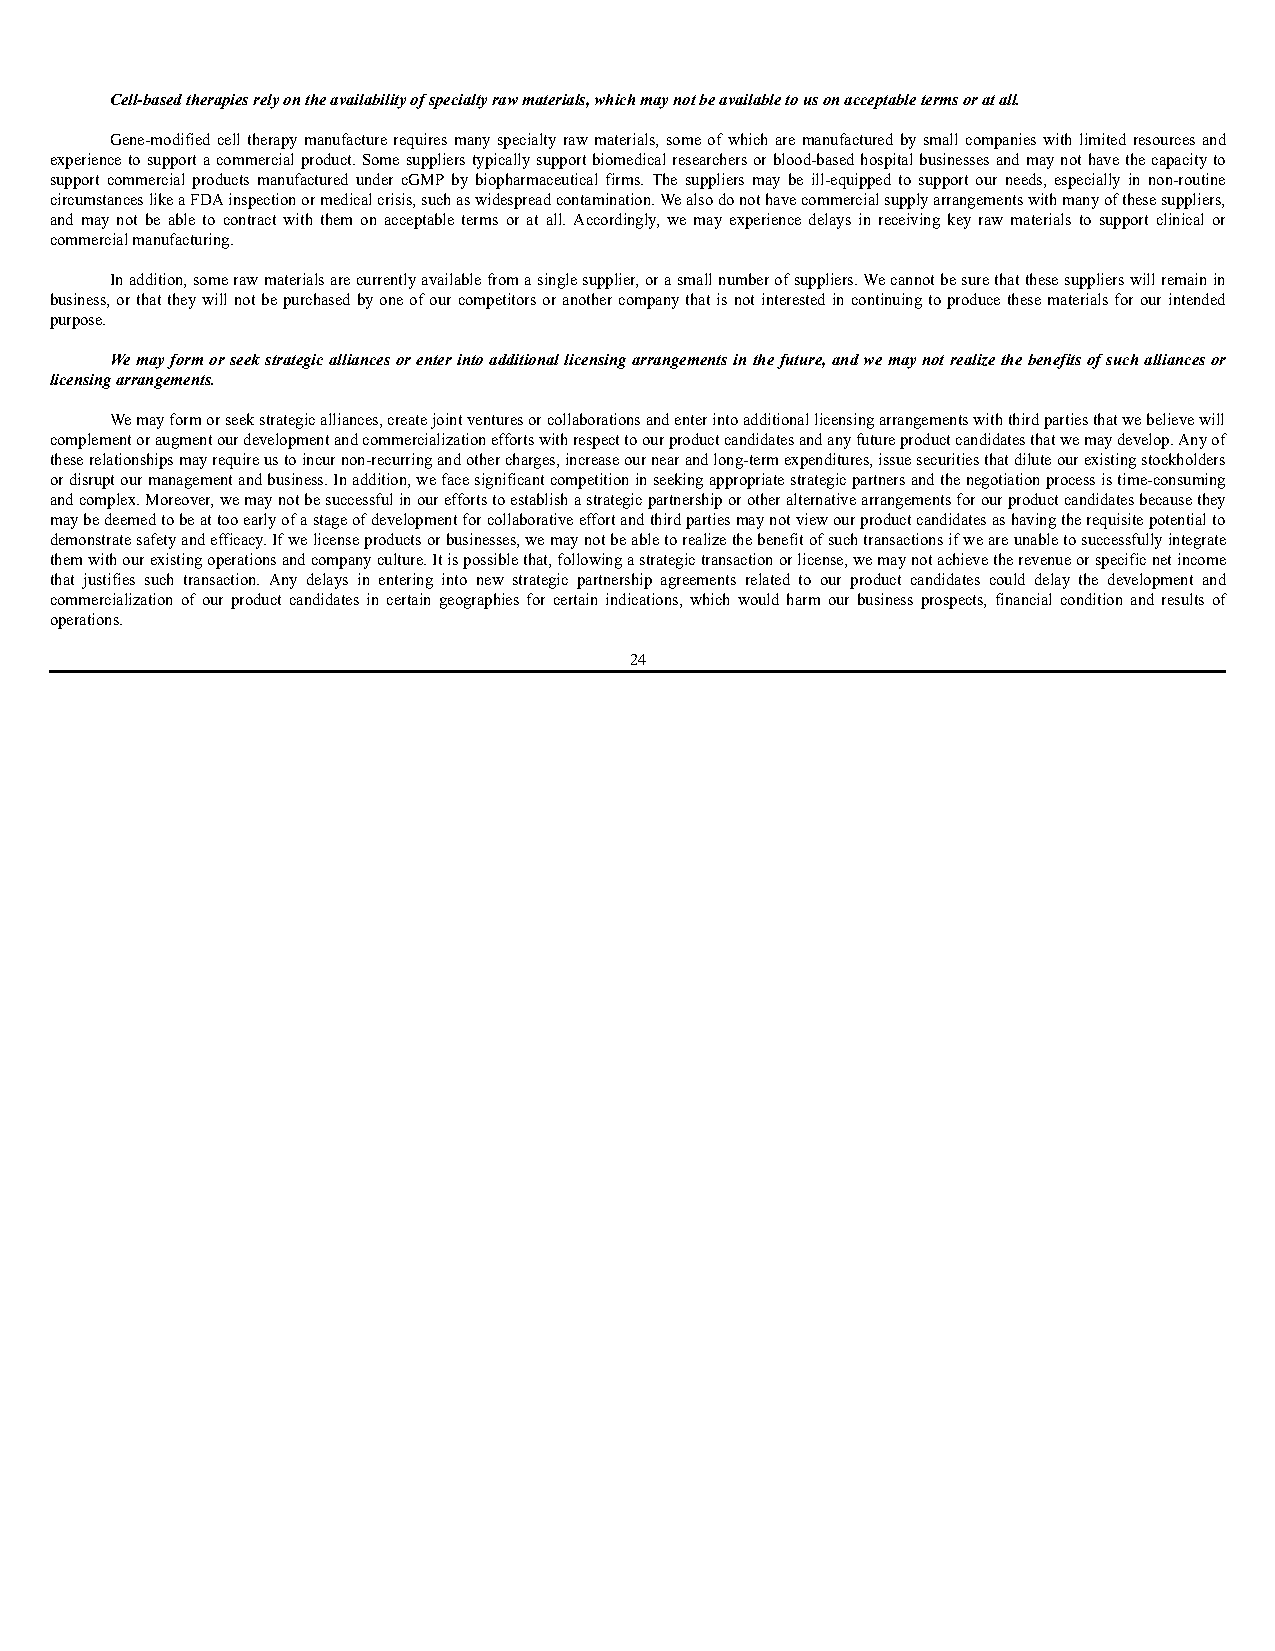
Cell-based therapies rely on the availability of specialty raw materials, which may not be available to us on acceptable terms or at all.
 Gene-modified cell therapy manufacture requires many specialty raw materials, some of which are manufactured by small companies with limited resources and
 experience to support a commercial product. Some suppliers typically support biomedical researchers or blood-based hospital businesses and may not have the capacity to
 support commercial products manufactured under cGMP by biopharmaceutical firms. The suppliers may be ill-equipped to support our needs, especially in non-routine
 circumstances like a FDA inspection or medical crisis, such as widespread contamination. We also do not have commercial supply arrangements with many of these suppliers,
 and may not be able to contract with them on acceptable terms or at all. Accordingly, we may experience delays in receiving key raw materials to support clinical or
 commercial manufacturing.
 In addition, some raw materials are currently available from a single supplier, or a small number of suppliers. We cannot be sure that these suppliers will remain in
 business, or that they will not be purchased by one of our competitors or another company that is not interested in continuing to produce these materials for our intended
 purpose.
 We may form or seek strategic alliances or enter into additional licensing arrangements in the future, and we may not realize the benefits of such alliances or
 licensing arrangements.
 We may form or seek strategic alliances, create joint ventures or collaborations and enter into additional licensing arrangements with third parties that we believe will
 complement or augment our development and commercialization efforts with respect to our product candidates and any future product candidates that we may develop. Any of
 these relationships may require us to incur non-recurring and other charges, increase our near and long-term expenditures, issue securities that dilute our existing stockholders
 or disrupt our management and business. In addition, we face significant competition in seeking appropriate strategic partners and the negotiation process is time-consuming
 and complex. Moreover, we may not be successful in our efforts to establish a strategic partnership or other alternative arrangements for our product candidates because they
 may be deemed to be at too early of a stage of development for collaborative effort and third parties may not view our product candidates as having the requisite potential to
 demonstrate safety and efficacy. If we license products or businesses, we may not be able to realize the benefit of such transactions if we are unable to successfully integrate
 them with our existing operations and company culture. It is possible that, following a strategic transaction or license, we may not achieve the revenue or specific net income
 that justifies such transaction. Any delays in entering into new strategic partnership agreements related to our product candidates could delay the development and
 commercialization of our product candidates in certain geographies for certain indications, which would harm our business prospects, financial condition and results of
 operations.
 24